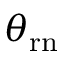
\theta _ { \mathrm { { r } n } }